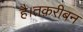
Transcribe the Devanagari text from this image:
है।तक़रीबन